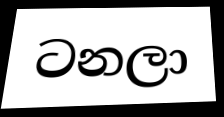
ටනලා